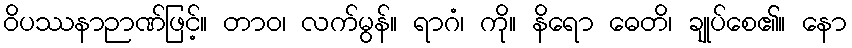
ဝိပဿနာဉာဏ်ဖြင့်။ တာဝ၊ လက်မွန်။ ရာဂံ၊ ကို။ နိရော ဓေတိ၊ ချုပ်စေ၏။ နော